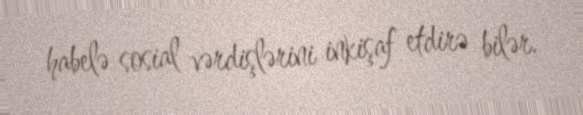
habelə sosial vərdişlərini inkişaf etdirə bilər.